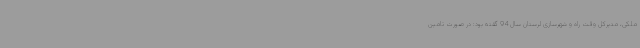
ملکی، مدیرکل وقت راه و شهرسازی لرستان سال 94 گفته بود: در صورت تامین